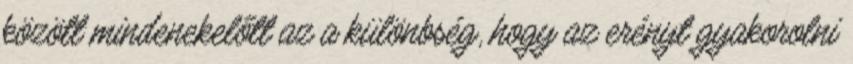
között mindenekelőtt az a különbség, hogy az erényt gyakorolni